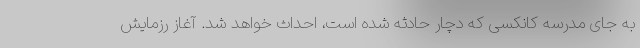
به جای مدرسه کانکسی که دچار حادثه شده است، احداث خواهد شد. آغاز رزمایش